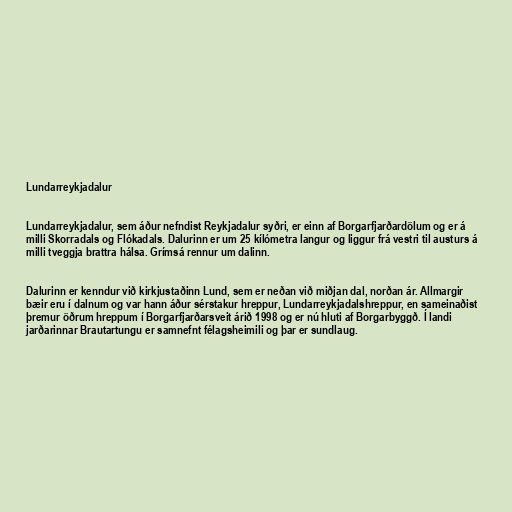
Lundarreykjadalur

Lundarreykjadalur, sem áður nefndist Reykjadalur syðri, er einn af Borgarfjarðardölum og er á
milli Skorradals og Flókadals. Dalurinn er um 25 kílómetra langur og liggur frá vestri til austurs á
milli tveggja brattra hálsa. Grímsá rennur um dalinn.

Dalurinn er kenndur við kirkjustaðinn Lund, sem er neðan við miðjan dal, norðan ár. Allmargir
bæir eru í dalnum og var hann áður sérstakur hreppur, Lundarreykjadalshreppur, en sameinaðist
þremur öðrum hreppum í Borgarfjarðarsveit árið 1998 og er nú hluti af Borgarbyggð. Í landi
jarðarinnar Brautartungu er samnefnt félagsheimili og þar er sundlaug.